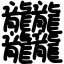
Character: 𪚥